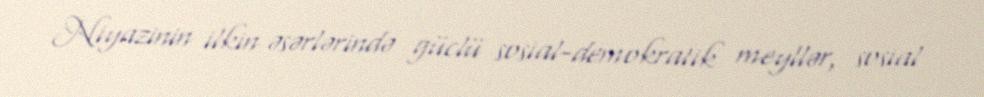
Niyazinin ilkin əsərlərində güclü sosial-demokratik meyllər, sosial